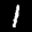
Label: 1